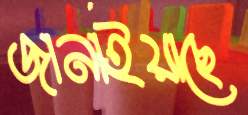
জানাইয়াছে